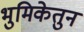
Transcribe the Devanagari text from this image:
भुमिकेतुन